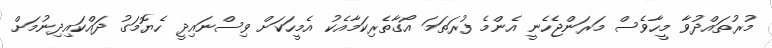
މުރުތައްދުވާ މީހާވެސް މަރަންޖެހެނީ އެންމެ ފުރަތަމަ އޯގާތެރިކަމާއެކު އެމީހަކަށް ވިސްނައިދީ ހެޔޮމަގު ދައްކައިދިނުމަށް